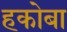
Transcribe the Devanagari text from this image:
हकोबा